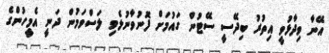
އޭނާ ވިދާޅުވީ އިތުރު ބިދޭސީ ސޭޓުން ގައުމަށް ފޮނުވާނުލެވި ލަސްވަމުން ދަނީ އެމީހުންގެ